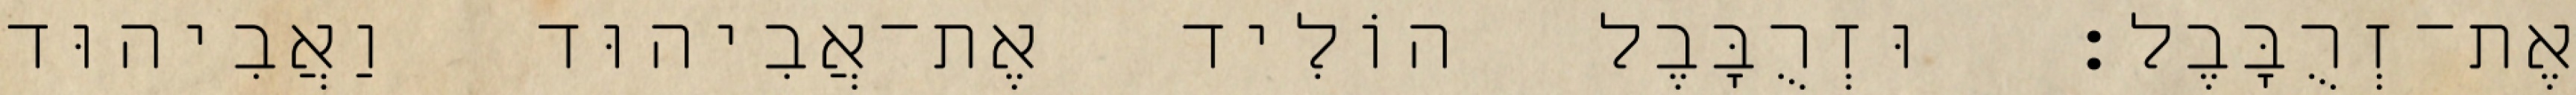
אֶת־זְרֻבָּבֶל׃ וּזְרֻבָּבֶל הוֹלִיד אֶת־אֲבִיהוּד וַאֲבִיהוּד